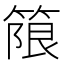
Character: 䈨